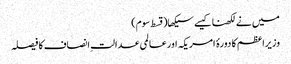
میں نے لکھنا کیسے سیکھا(قسط سوم)
وزیراعظم کا دورۂ امریکہ اورعالمی عدالتِ انصاف کا فیصلہ